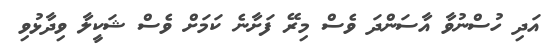
އަދި ހުސްނުވާ އާސަންދަ ވެސް މިރޭ ފަށާނެ ކަމަށް ވެސް ޝަކީލާ ވިދާޅުވި